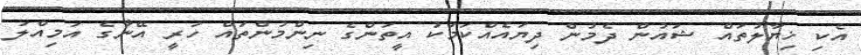
އެކި ޚިޔާލުތައް ޝައުން ދެމުން ދިޔައެއްކަމަކު އީތަންގެ ނިންމުންތައް ހުރީ އޭނާގެ އަމިއްލަ